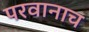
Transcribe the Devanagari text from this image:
परवानाच